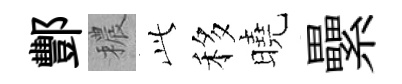
酆穠𬼘移曉纍